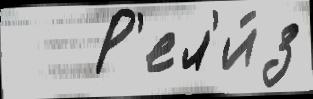
   Р'ел'и́з